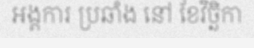
អង្គការ ប្រឆាំង នៅ ខែវិច្ឆិកា